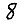
Digit: 8